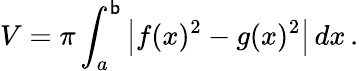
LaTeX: V=\pi\int_{a}^{\mathsf{b}}\left|f(x)^{2}-g(x)^{2}\right|\, dx\, .